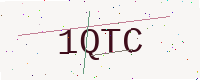
Text: 1QTC